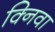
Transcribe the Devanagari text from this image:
क्निवा